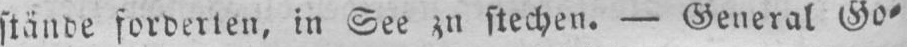
stände forderten, in See zn stechen. - General Go⸗